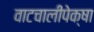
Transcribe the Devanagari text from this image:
वाटचालीपेक्षा